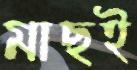
মাছই